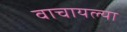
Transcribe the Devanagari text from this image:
वाचायल्या